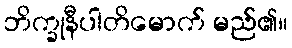
ဘိက္ခုနီပါတိမောက် မည်၏။